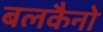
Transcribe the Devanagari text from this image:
बलकैनो